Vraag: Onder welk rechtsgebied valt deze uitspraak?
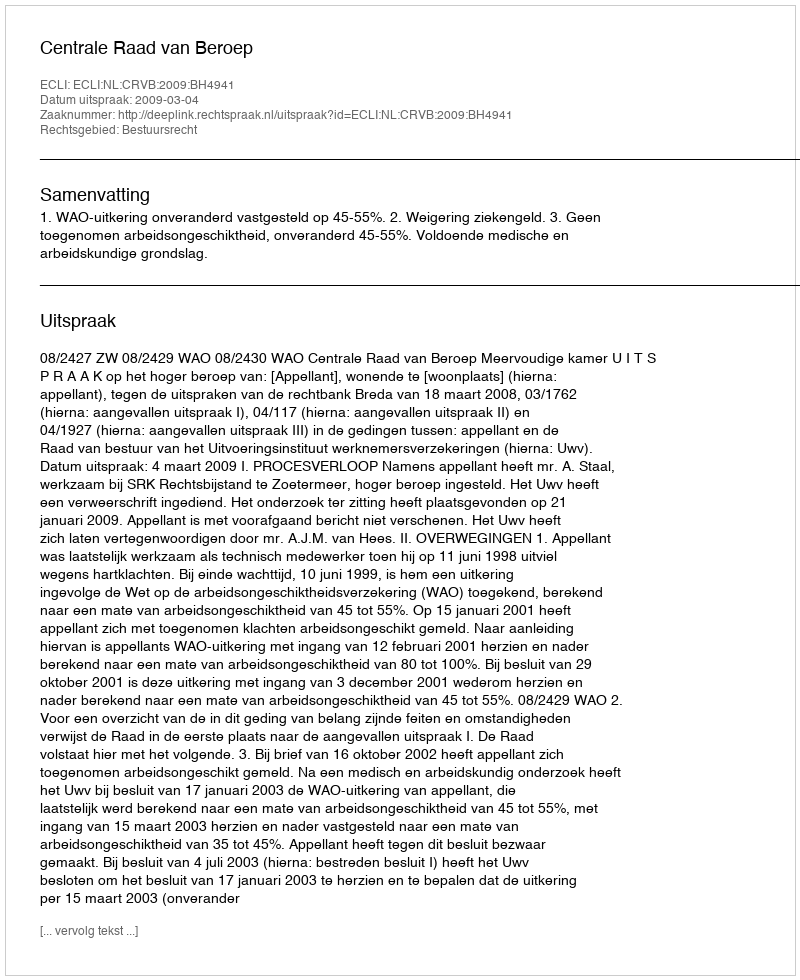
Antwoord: Bestuursrecht